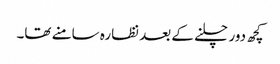
کچھ دور چلنے کے بعد نظارہ سامنے تھا۔